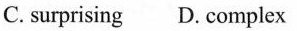
C. suprising D. complex